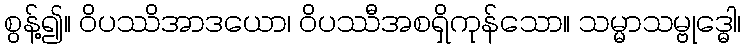
စွန့်၍။ ဝိပဿိအာဒယော၊ ဝိပဿီအစရှိကုန်သော။ သမ္မာသမ္ဗုဒ္ဓေါ၊